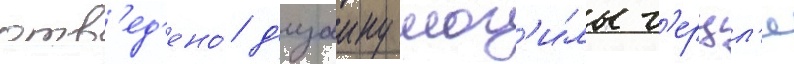
отв'ед'ено́ д'изаину мог'и́лы г'ерцл'я